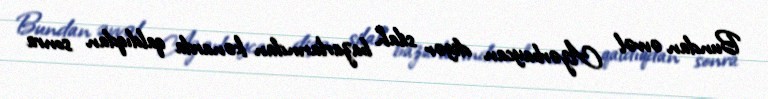
Bundan əvvəl Azərbaycan digər silah bazarlarından kənarda qaldıqdan sonra